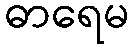
ဓာရေမ